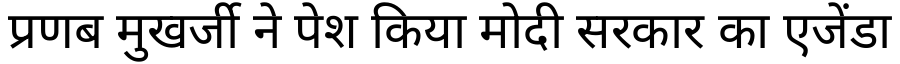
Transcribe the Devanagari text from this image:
प्रणब मुखर्जी ने पेश किया मोदी सरकार का एजेंडा